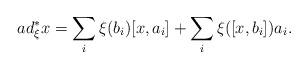
LaTeX: \begin{align*}ad^\ast_\xi x=\sum_i \xi(b_i)[x,a_i]+\sum_i\xi([x,b_i])a_i.\end{align*}